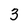
Character: 3